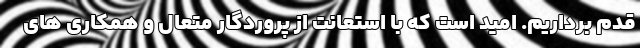
قدم برداریم. امید است که با استعانت از پروردگار متعال و همکاری های